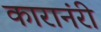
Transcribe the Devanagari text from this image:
कारानंरी